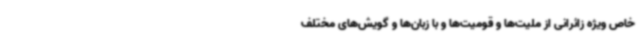
خاص ویژه زائرانی از ملیت‌ها و قومیت‌ها و با زبان‌ها و گویش‌های مختلف